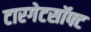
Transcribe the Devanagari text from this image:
टारगेटसॉफ्ट